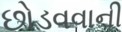
છોડવવાની